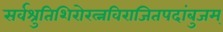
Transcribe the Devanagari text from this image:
सर्वश्रुतिशिरोरत्नविराजितपदांबुजम्